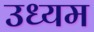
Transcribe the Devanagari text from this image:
उध्यम